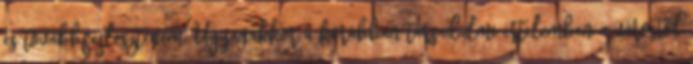
és továbbfejlesztenem. Ugyanakkor a korábban társadalmi értelemben a várostól